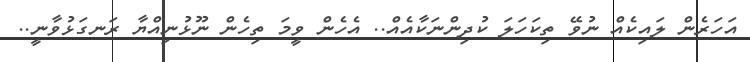
އަހަރެން ލައިކެއް ނުވޭ ތިކަހަލަ ކުދިންނަކާއެއް.. އެހެން ވީމަ ތިހެން ނޫޅުނިއްޔާ ރަނގަޅުވާނީ..